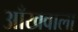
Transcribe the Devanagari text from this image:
आँखवाला